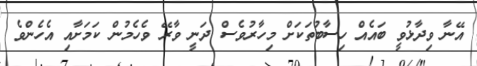
އޭނާ ވިދާޅުވީ ބައެއް ހިސާބުތަކަށް މިހާރުވެސް ދަނީ ވާރޭ ވެހެމުން ކަމަށާއި އެހެންވެ